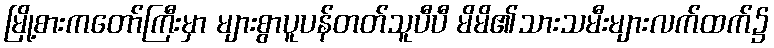
မြို့စားကတော်ကြီးမှာ များစွာပူပန်တတ်သူပီပီ မိမိ၏သားသမီးများလက်ထက်၌